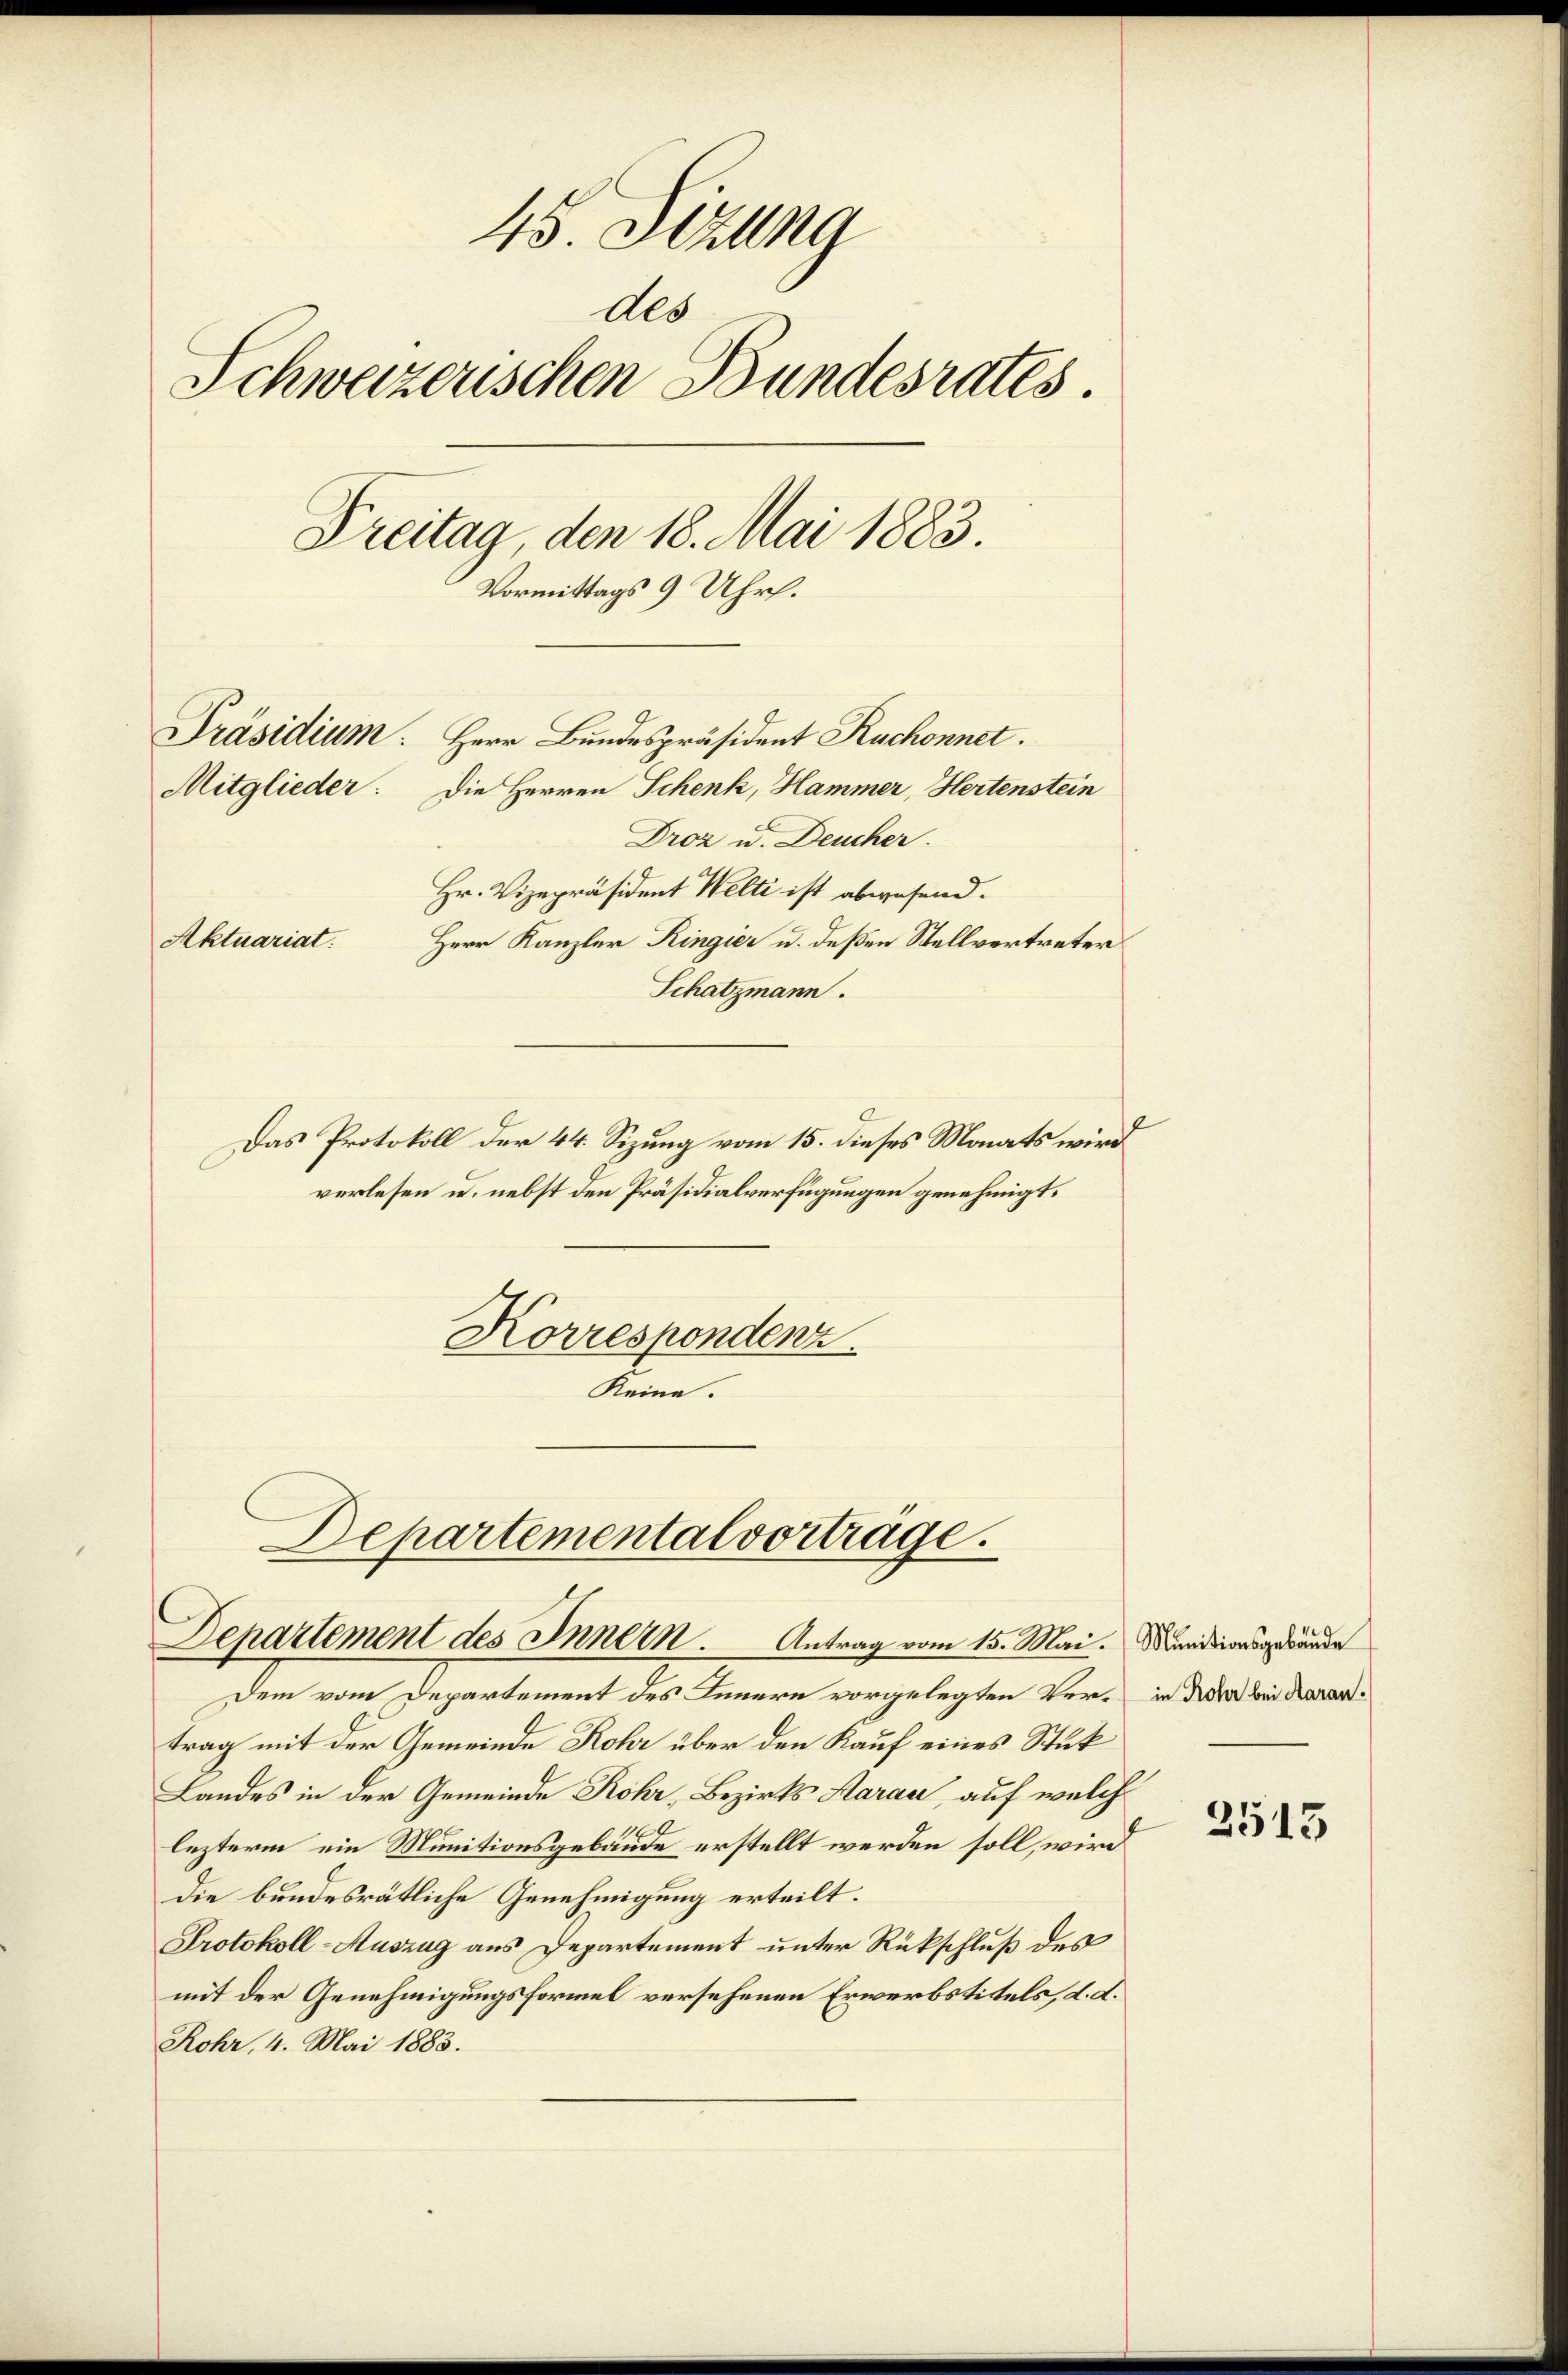
45. Sizung
des
Schweizerischen Bundesrates.
Freitag, den 18. Mai 1883.
Vormittags 9 Uhr.
Präsidium. Herr Bundespräsident Ruchonnet.
Mitglieder: Die Herren Schenk, Hammer, Hertenstein
Droz u. Deucher
Hr. Vizepräsident Welti ist abwesend.
Herr Kanzler Ringier u. deßen Stellvertreter
Aktuariat.
Schatzmann.

Das Protokoll der 44. Sizung vom 15. dieses Monats wird
verlesen u. nebst den Präsidialverfügungen genehmigt.
Korrespondenz.
Keine.

Departemental vortrage.
Departement des Innern. Antrag vom 15. Mai. Manidionsgebäude
dem vom Departement des Innern vorgelegten Ver¬ in des bei Karar¬

trag mit der Gemeinde Rohr über den Kauf eines Stuk
Landes in der Gemeinde Rohr, Bezirks Aarau, auf welch
.
lezterm ein Munitionsgebäude erstellt werden soll, wird
die bundesrätliche Genehmigung erteilt.
Protokoll-Auszug aus Departement unter Rückschluß des
mit der Genehmigungsformel versehenen Erwerbstitels, d. d.
Rohr, 4. Mai 1883.

2513